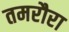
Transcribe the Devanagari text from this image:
तमरौरा